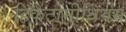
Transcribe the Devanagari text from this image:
हिकेटोमीथियम